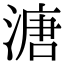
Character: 溏